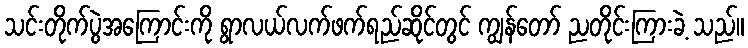
သင်းတိုက်ပွဲအကြောင်းကို ရွာလယ်လက်ဖက်ရည်ဆိုင်တွင် ကျွန်တော် ညတိုင်းကြားခဲ့ သည်။